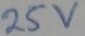
Text: 25v